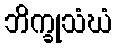
ဘိက္ခုသံဃံ